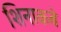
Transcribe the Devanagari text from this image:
शिनाकबे